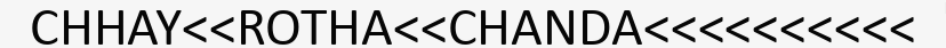
CHHAY<<ROTHA<<CHANDA<<<<<<<<<<